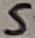
Text: 5